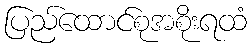
ပြည်ထောင်စုအစိုးရထံ